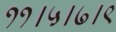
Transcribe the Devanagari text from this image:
११।५।७।९